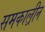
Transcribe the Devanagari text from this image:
समकाल्रीन